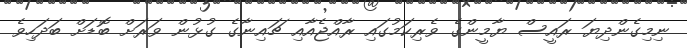
ނިމިގެންދިޔަ ރައީސް ޔާމީންގެ ވެރިކަމުގައި ރާއްޖެއާއި ޗައިނާގެ ގުޅުން ވަރަށް ބޮޑަށް ބަދަހިވެ